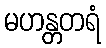
မဟန္တတရံ